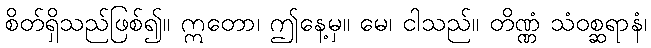
စိတ်ရှိသည်ဖြစ်၍။ ဣတော၊ ဤနေ့မှ။ မေ၊ ငါသည်။ တိဏ္ဏံ သံဝစ္ဆရာနံ၊